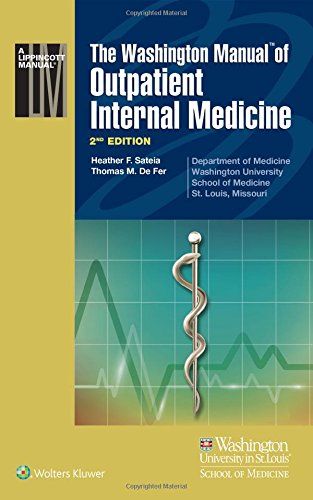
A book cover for The Washington Manual of Outpatient Internal Medicine; Medical Books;